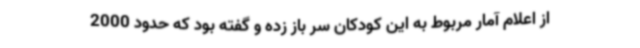
از اعلام آمار مربوط به این کودکان سر باز زده و گفته بود که حدود 2000